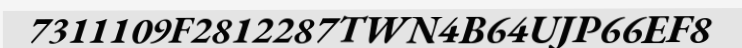
7311109F2812287TWN4B64UJP66EF8